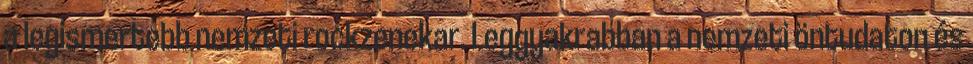
a legismertebb nemzeti rockzenekar. Leggyakrabban a nemzeti öntudaton és